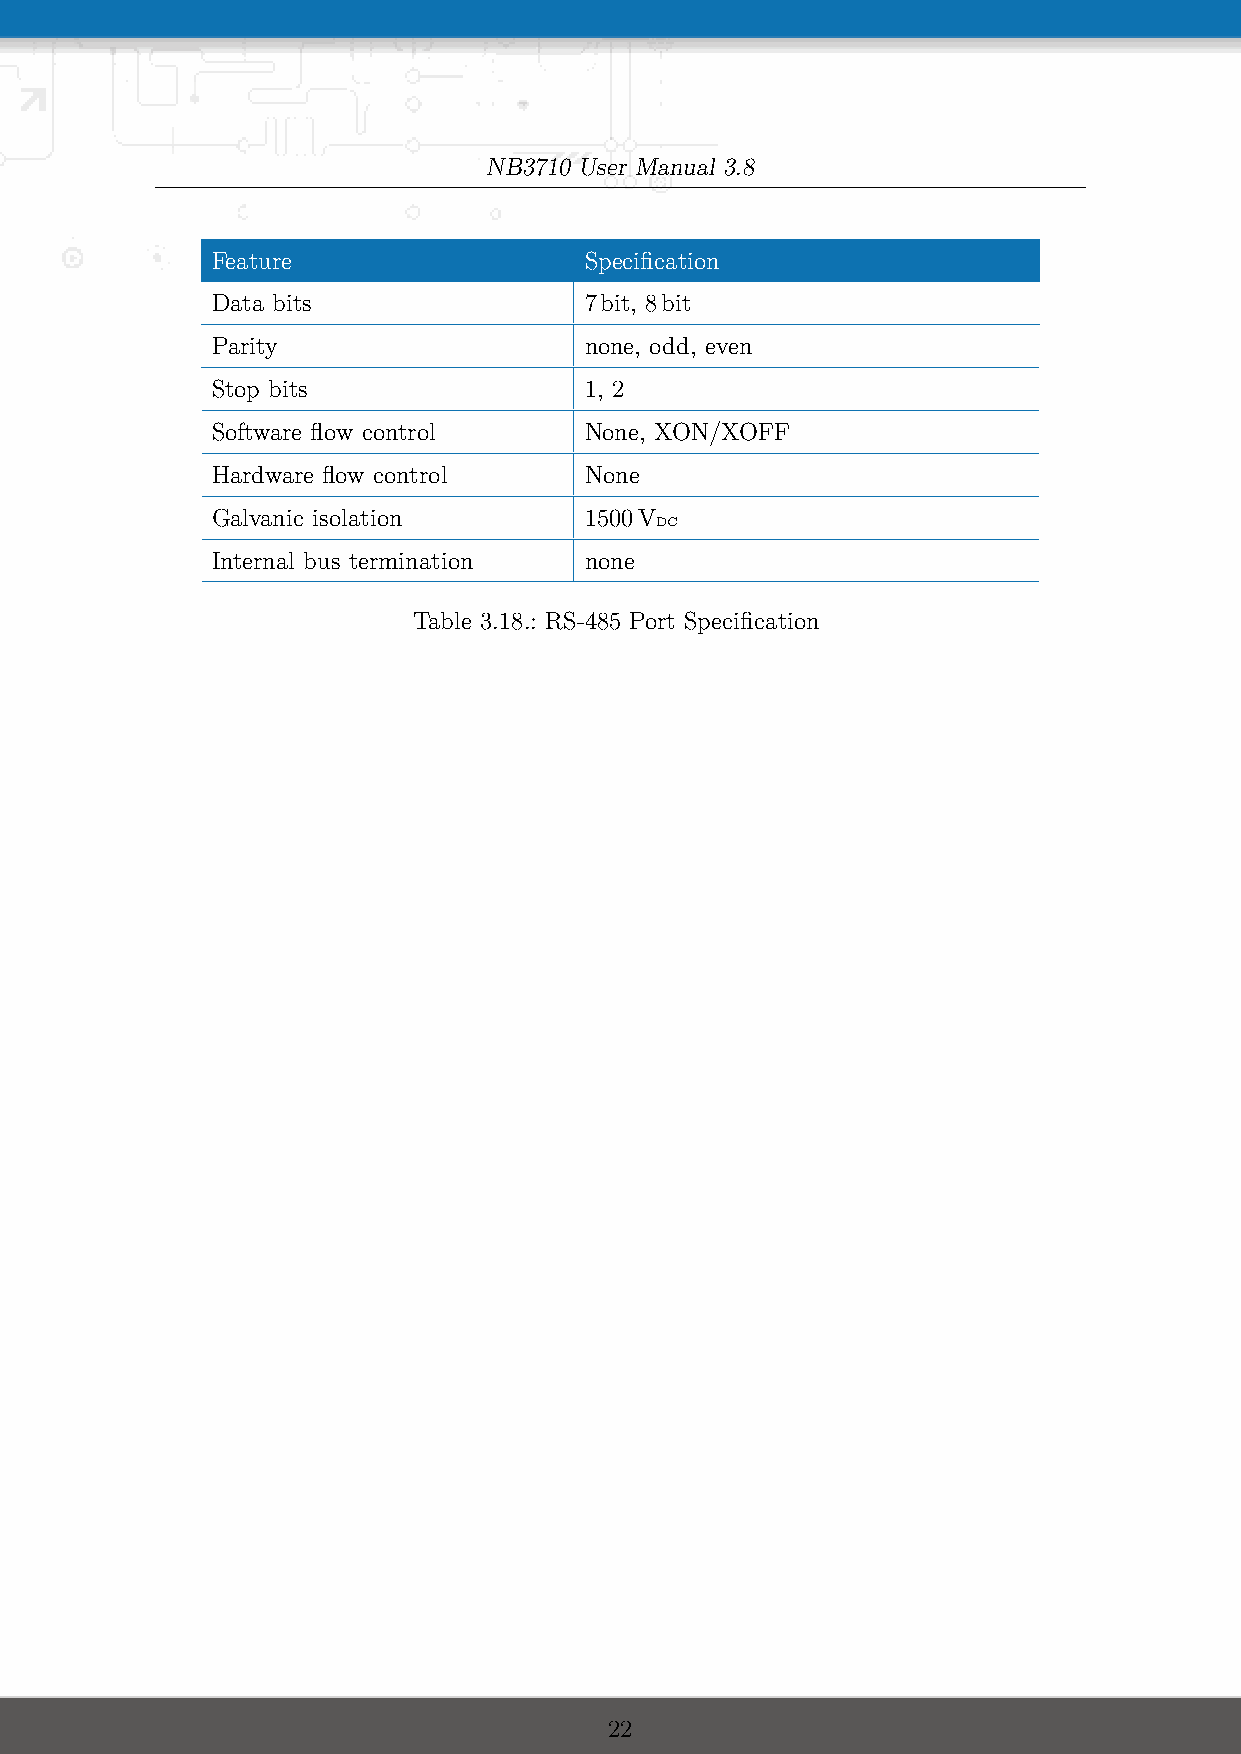
NB3710 User Manual 3.8
 Feature                  Specification
 Data bits                7bit, 8bit
 Parity                   none, odd, even
 Stop bits                1, 2
 Software flow control    None, XON/XOFF
 Hardware flow control    None
 Galvanic isolation       1500V
 DC
 Internal bus termination none
 Table 3.18.: RS-485 Port Specification
 22